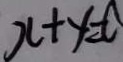
x + y = 0